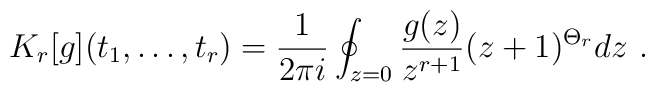
K_r[g](t_1,\ldots,t_r) ={1\over 2\pi i} \oint_{z=0} {g(z)\over z^{r+1}} (z+1)^{\Theta_r} dz \ .